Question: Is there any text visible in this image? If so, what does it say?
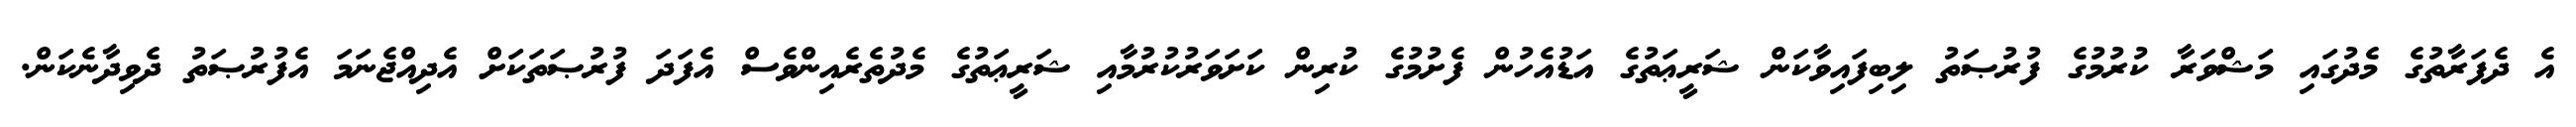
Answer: އެ ދެފަރާތުގެ މެދުގައި މަޝްވަރާ ކުރުމުގެ ފުރުޞަތު ލިބިފައިވާކަން ޝަރީޢަތުގެ އަޑުއެހުން ފެށުމުގެ ކުރިން ކަށަވަރުކުރުމާއި ޝަރީޢަތުގެ މެދުތެރެއިންވެސް އެފަދަ ފުރުޞަތަކަށް އެދިއްޖެނަމަ އެފުރުޞަތު ދެވިދާނެކަން.